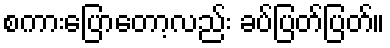
စကားပြောတော့လည်း ခပ်ပြတ်ပြတ်။